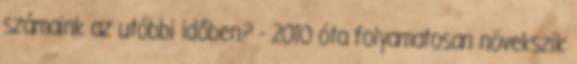
számaink az utóbbi időben? - 2010 óta folyamatosan növekszik